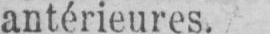
antérieures.